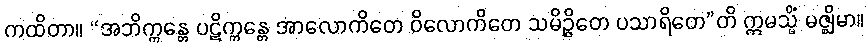
ကထိတာ။ “အဘိက္ကန္တေ ပဋိက္ကန္တေ အာလောကိတေ ဝိလောကိတေ သမိဉ္ဇိတေ ပသာရိတေ”တိ ဣမသ္မိံ မဇ္ဈိမာ။